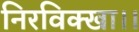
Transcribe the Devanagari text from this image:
निरविक्खा।।